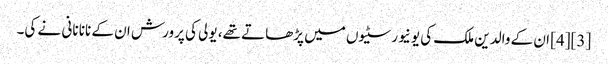
[3][4] ان کے والدین ملک کی یونیورسٹیوں میں پڑھاتے تھے، یولی کی پرورش ان کے نانا نانی نے کی۔